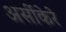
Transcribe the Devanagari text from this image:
अर्सीकेरे